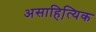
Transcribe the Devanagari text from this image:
असाहित्यि़क